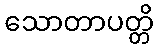
သောတာပတ္တိ